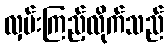
လှမ်းကြည့်လိုက်သည်